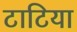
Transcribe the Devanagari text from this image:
टाटिया